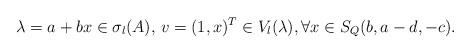
LaTeX: \begin{align*}\lambda=a+bx\in \sigma_l(A),\,v=(1,x)^T\in V_l(\lambda),\forall x\in S_Q(b,a-d,-c).\end{align*}